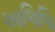
આજિજિ